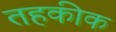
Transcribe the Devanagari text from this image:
तहकीक